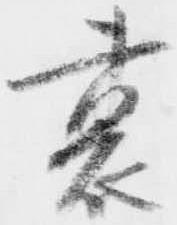
裏